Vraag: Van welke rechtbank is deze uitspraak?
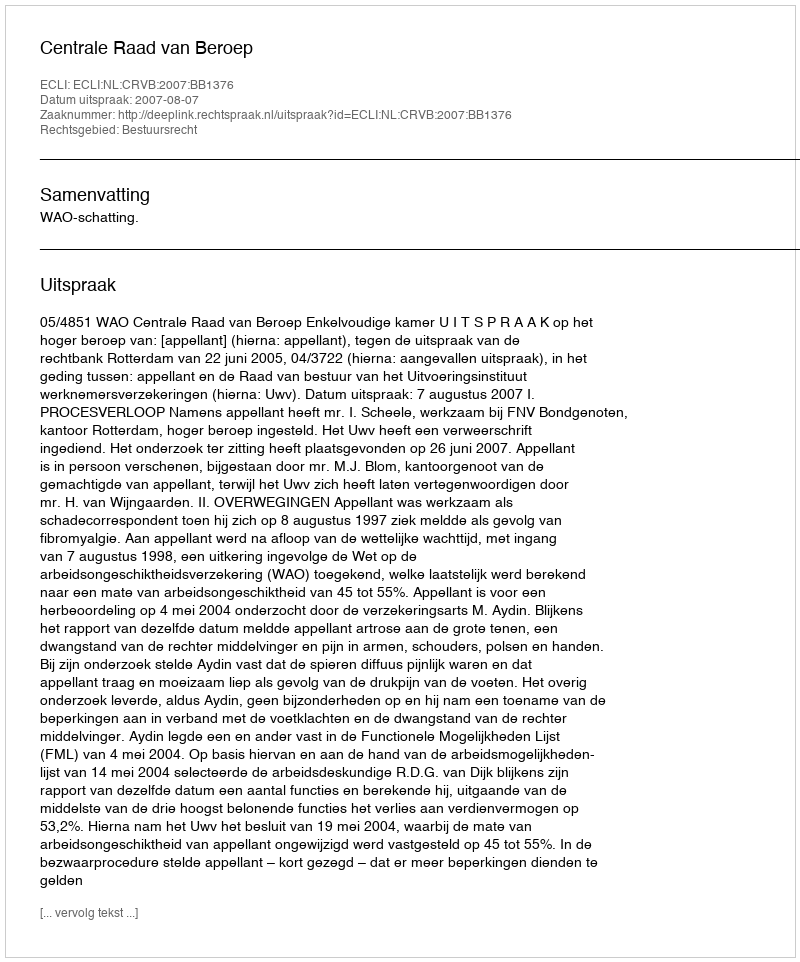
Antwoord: Centrale Raad van Beroep